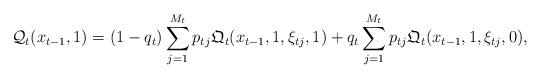
LaTeX: \begin{align*}\mathcal{Q}_t( x_{t-1}, 1 ) = (1-q_t) \sum_{j=1}^{M_{t}} p_{t j} \mathfrak{Q}_t ( x_{t-1}, 1, \xi_{t j}, 1 ) +q_t \sum_{j=1}^{M_t} p_{t j} \mathfrak{Q}_t ( x_{t-1}, 1, \xi_{t j}, 0 ),\end{align*}